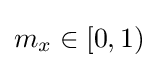
m_{x}\in [0,1)